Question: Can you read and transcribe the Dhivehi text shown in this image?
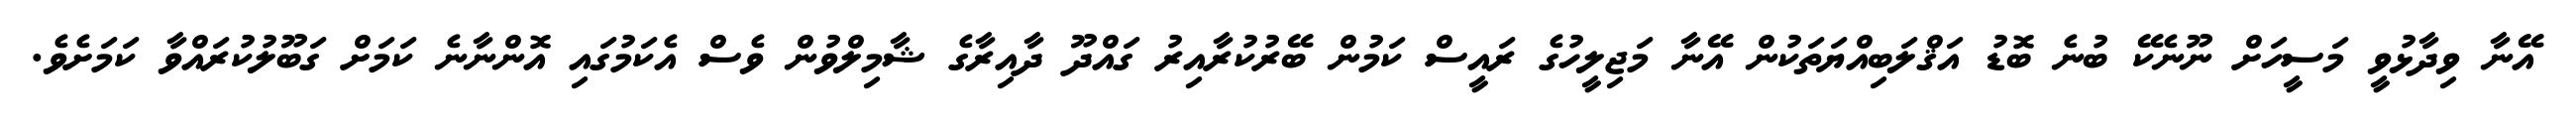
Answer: އޭނާ ވިދާޅުވީ މަސީހަށް ނޫނެކޭ ބުނެ ބޮޑު އަޤްލަބިއްޔަތަކުން އޭނާ މަޖިލީހުގެ ރައީސް ކަމުން ބޭރުކުރާއިރު ގައްދޫ ދާއިރާގެ ޝާމިލްވުން ވެސް އެކަމުގައި އޮންނާނެ ކަމަށް ގަބޫލުކުރައްވާ ކަމަށެވެ.